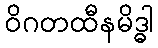
ဝိဂတထီနမိဒ္ဓါ